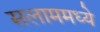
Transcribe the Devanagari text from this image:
सलाममध्ये